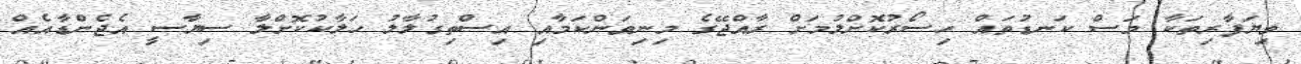
ވިޔަފާރިތަކާ މަސް ކަނޑުތައް ހިސޯރުކޮށްލުމަށް ރާއްޖޭގެ މިނިވަންކަމާއި އިސްތިގުލާލު ހަލާކުކޮށްލާ ސިޔާސީ އެޖެންޑާއެއް